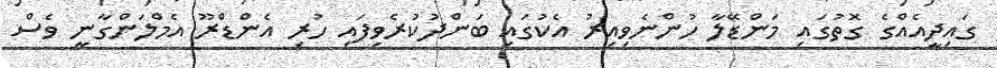
ގައިދީއެއްގެ ގޮތުގައި މަންޑޭލާ ހުންނެވިއިރު އެކުގައި ބަންދުކުރެވިފައި ހުރި އެންޑްރޫ އެމްލަންގާނީ ވެސް